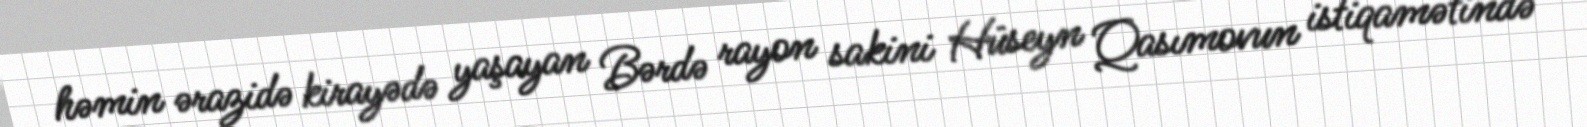
həmin ərazidə kirayədə yaşayan Bərdə rayon sakini Hüseyn Qasımovun istiqamətində